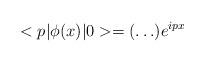
LaTeX: \begin{align*}<p|{\phi}(x)|0>=( \ldots ) e^{ipx}\end{align*}